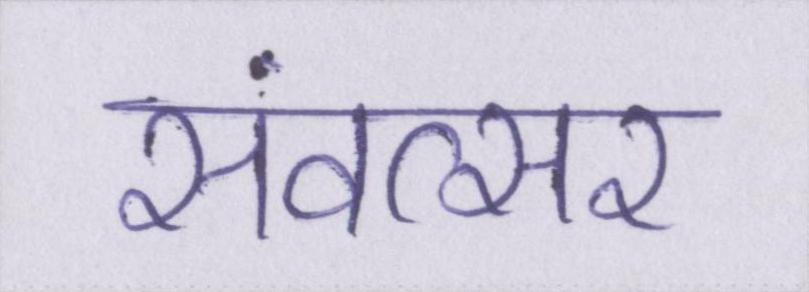
संवत्सर